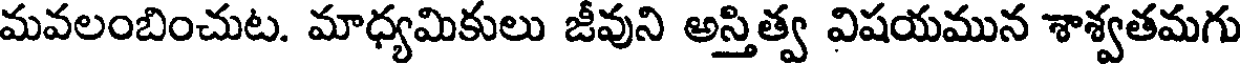
మవలంబించుట. మాధ్యమికులు జీవుని అస్తిత్వ విషయమున శాశ్వతమగు